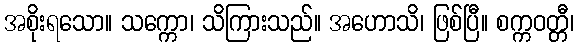
အစိုးရသော။ သက္ကော၊ သိကြားသည်။ အဟောသိ၊ ဖြစ်ပြီ။ စက္ကဝတ္တီ၊